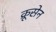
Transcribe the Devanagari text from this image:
क्रूसेन